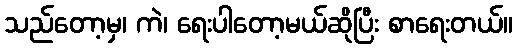
သည်တော့မှ၊ ကဲ၊ ရေးပါတော့မယ်ဆိုပြီး စာရေးတယ်။